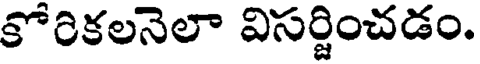
కోరికలనెలా విసర్జించడం.